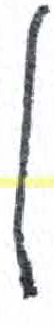
אות: ן